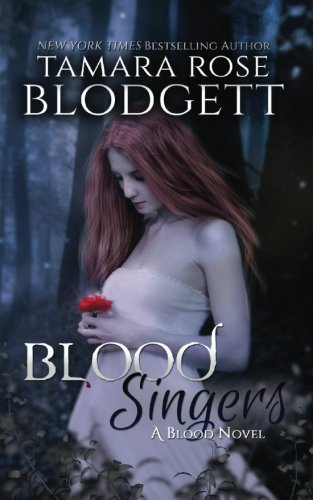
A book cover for Blood Singers (Volume 1); Tamara Rose Blodgett; Science Fiction & Fantasy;